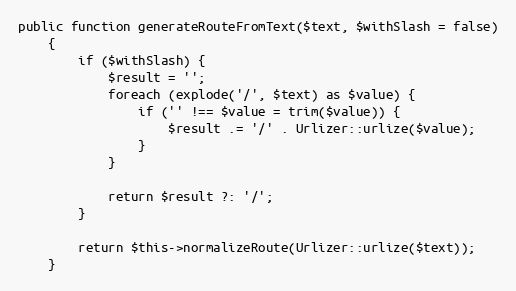
Language: PHP
public function generateRouteFromText($text, $withSlash = false)
    {
        if ($withSlash) {
            $result = '';
            foreach (explode('/', $text) as $value) {
                if ('' !== $value = trim($value)) {
                    $result .= '/' . Urlizer::urlize($value);
                }
            }

            return $result ?: '/';
        }

        return $this->normalizeRoute(Urlizer::urlize($text));
    }